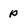
Character: p